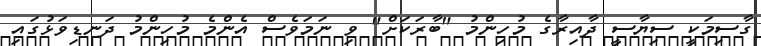
ގާސިމަކީ ސިޔާސީ ދާއިރާގެ މުހިންމު "ބާރަކަށް" ވި ނަމަވެސް އެންމެ މުހިންމު ދަނޑިވަޅުގައި